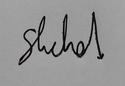
Signature authenticity: genuine